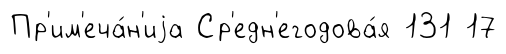
Пр'им'еча́н'иjа Ср'едн'егодова́я 131 17